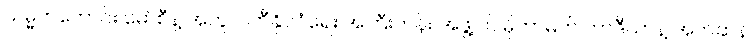
သမ္မတဟောင်း မော်စီနဲ့ အတူ ပါတီနိုင်ငံရေး အကြီးတန်း အဖွဲ့ဝင် မိုဟာမက် ဘာဒီယာနဲ့ အက်ဆန်